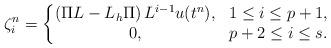
LaTeX: \begin{align*}\zeta_i^n = \left\{ \begin{matrix} \left(\Pi L -L_h \Pi \right) L^{i-1} u(t^n),& 1\leq i \leq p+1, \\ 0, &p+2\leq i\leq s. \end{matrix}\right. \\\end{align*}